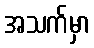
အသက်မှာ